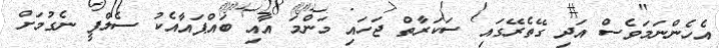
އެހެންނަމަވެސް އަދި ގޭތެރޭގައި ސަކަރާތް ޖަހައި މަންމަ އާއި ބައްޕައާއެކު ސެލްފީ ނެގުމަށް